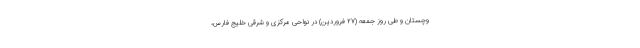
وچستان و طی روز جمعه (۲۷ فروردین) در نواحی مرکزی و شرقی خلیج فارس،